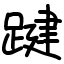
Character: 踺